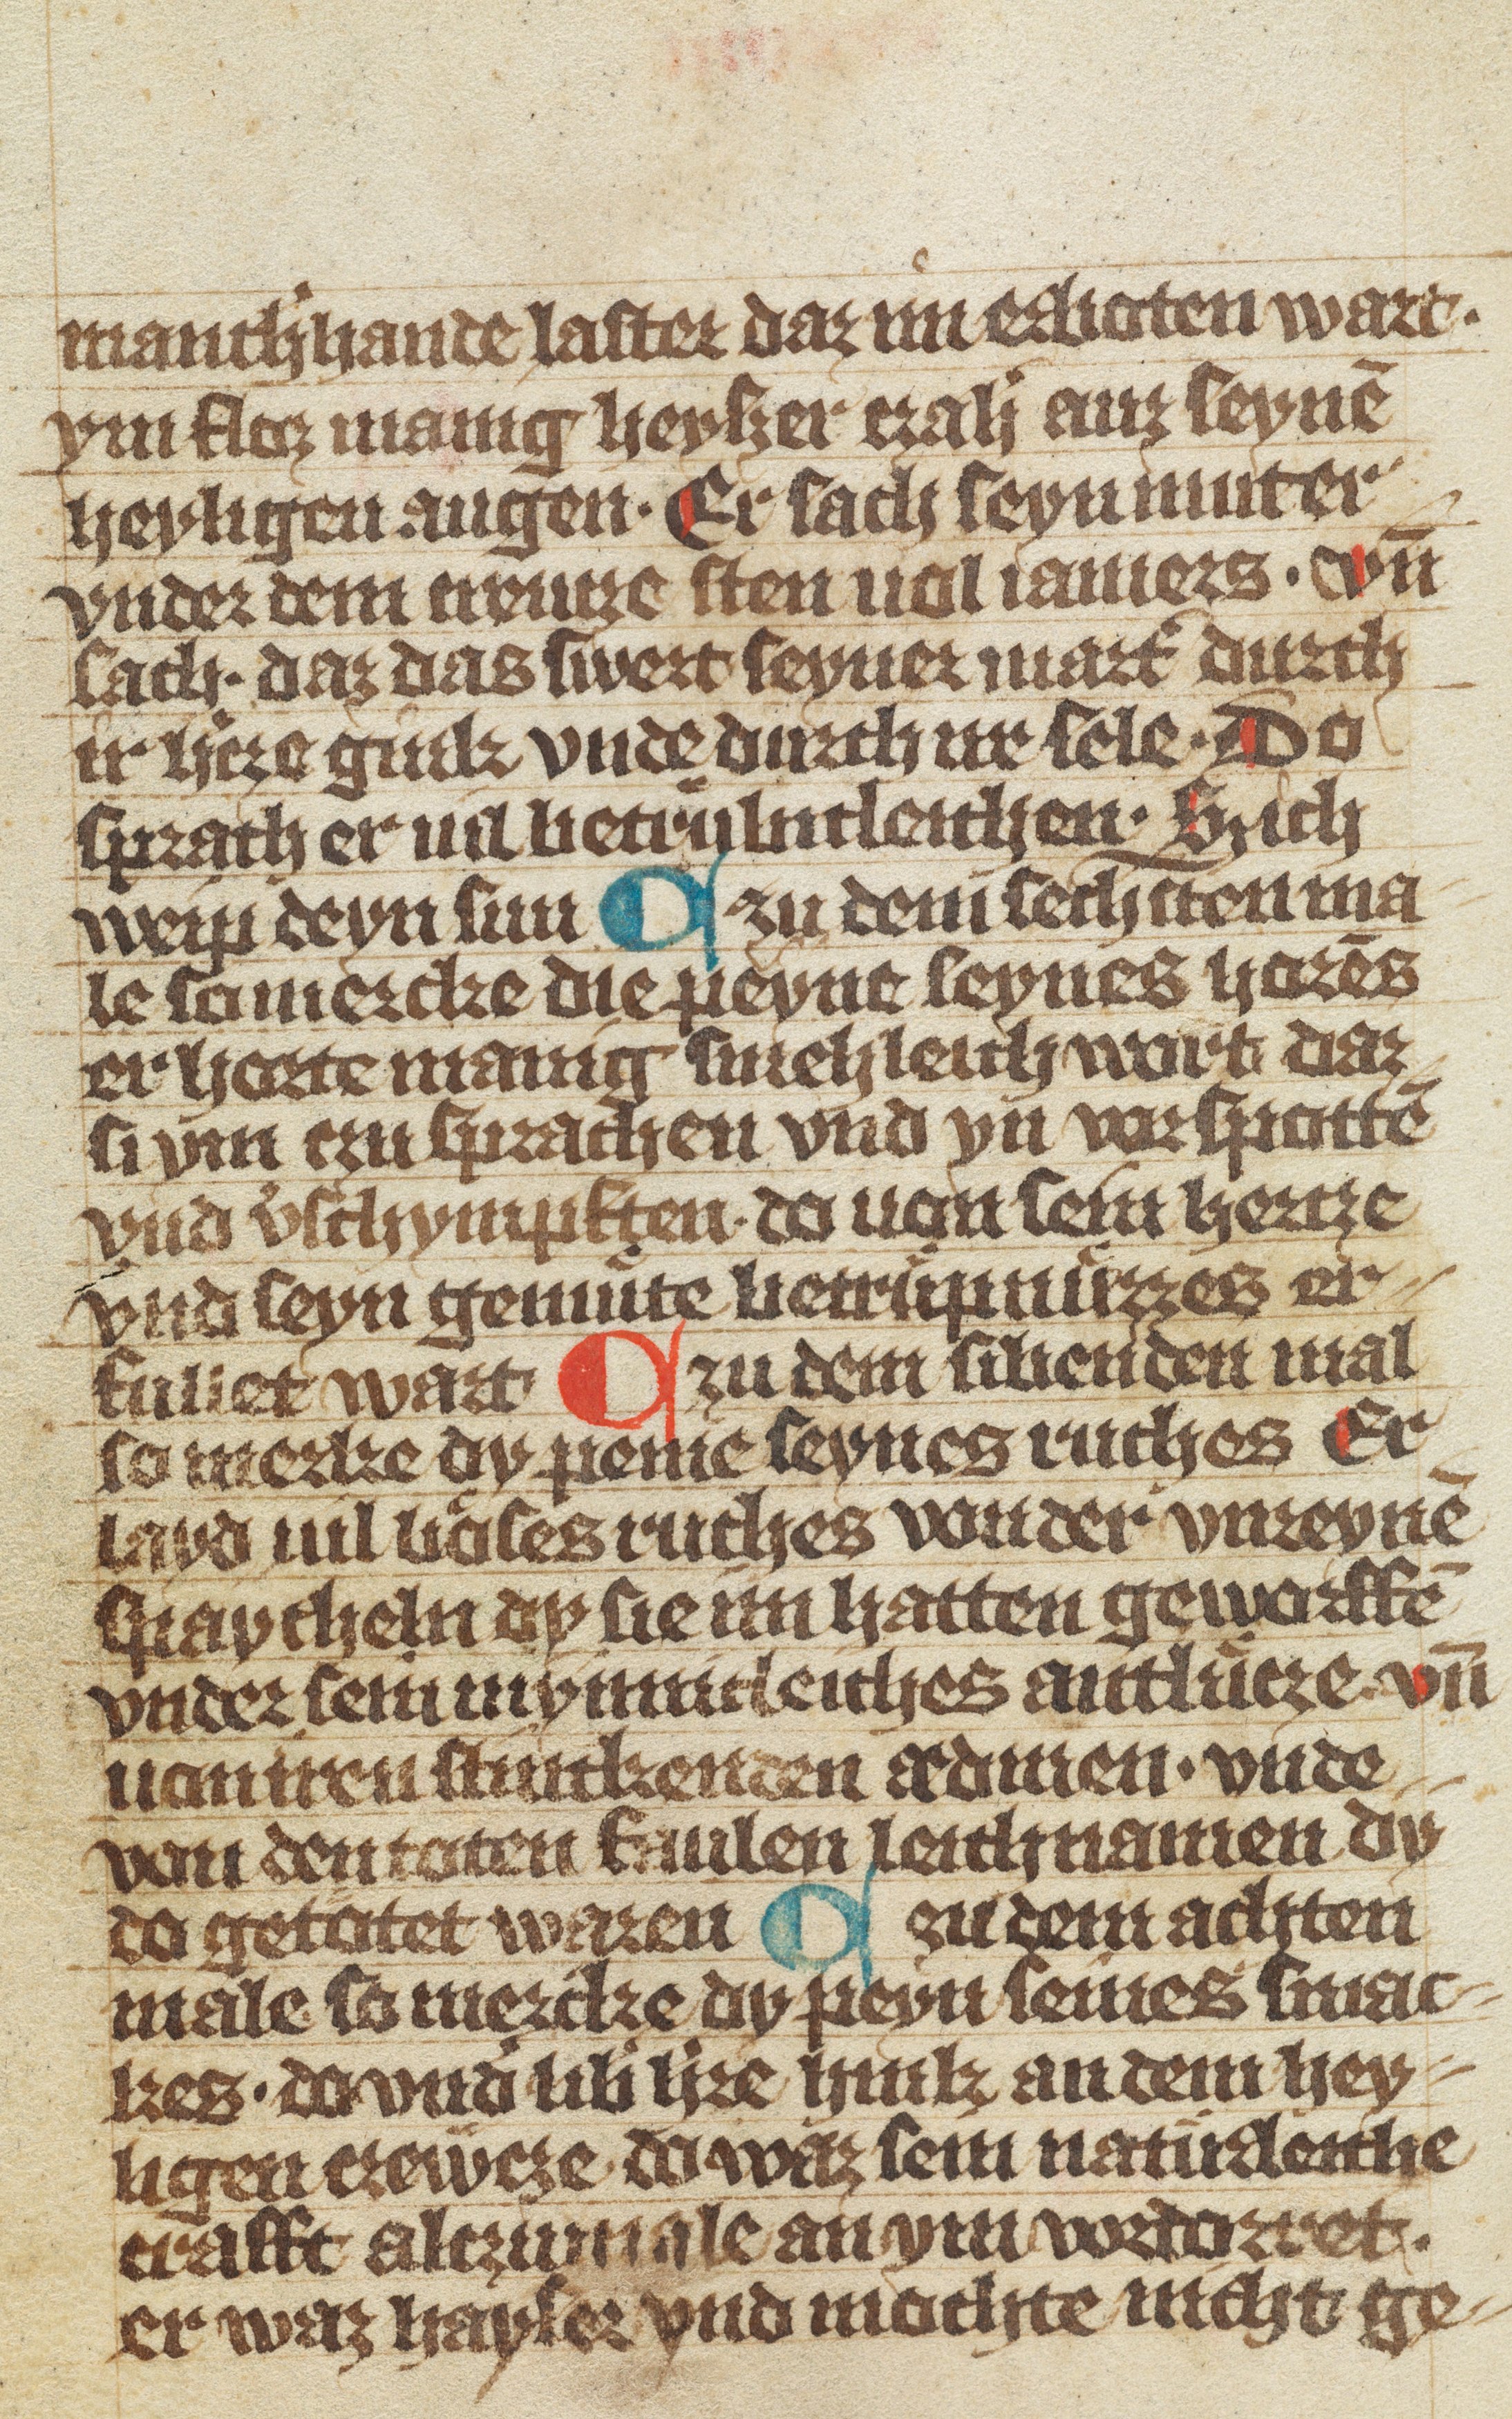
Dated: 1370–1449